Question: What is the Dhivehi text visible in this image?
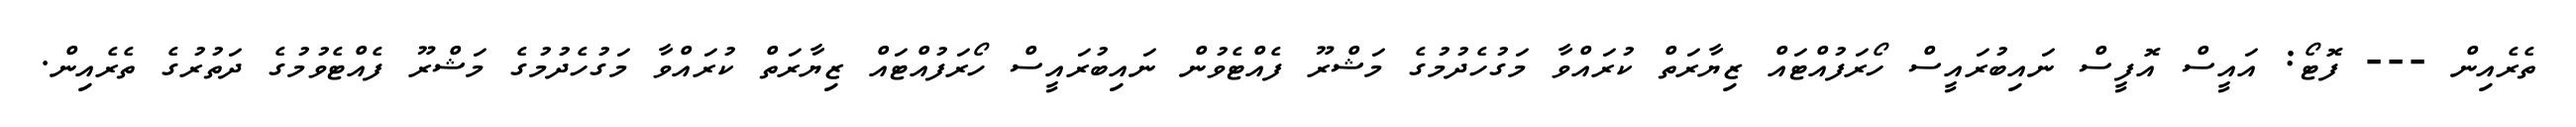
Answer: ތެރެއިން --- ފޮޓޯ: އައީސް އޮފީސް ނައިބުރައީސް ހޯރަފުއްޓައް ޒިޔާރަތް ކުރައްވާ މަގުހެދުމުގެ މަޝްރޫ ފެއްޓެވުން ނައިބުރައީސް ހޯރަފުއްޓައް ޒިޔާރަތް ކުރައްވާ މަގުހެދުމުގެ މަޝްރޫ ފެއްޓެވުމުގެ ދަތުރުގެ ތެރެއިން.